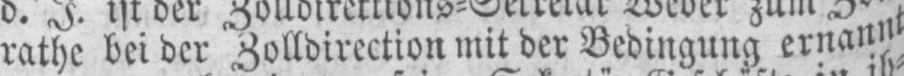
rathe bei der Zolldirection mit der Bedingung ernannt